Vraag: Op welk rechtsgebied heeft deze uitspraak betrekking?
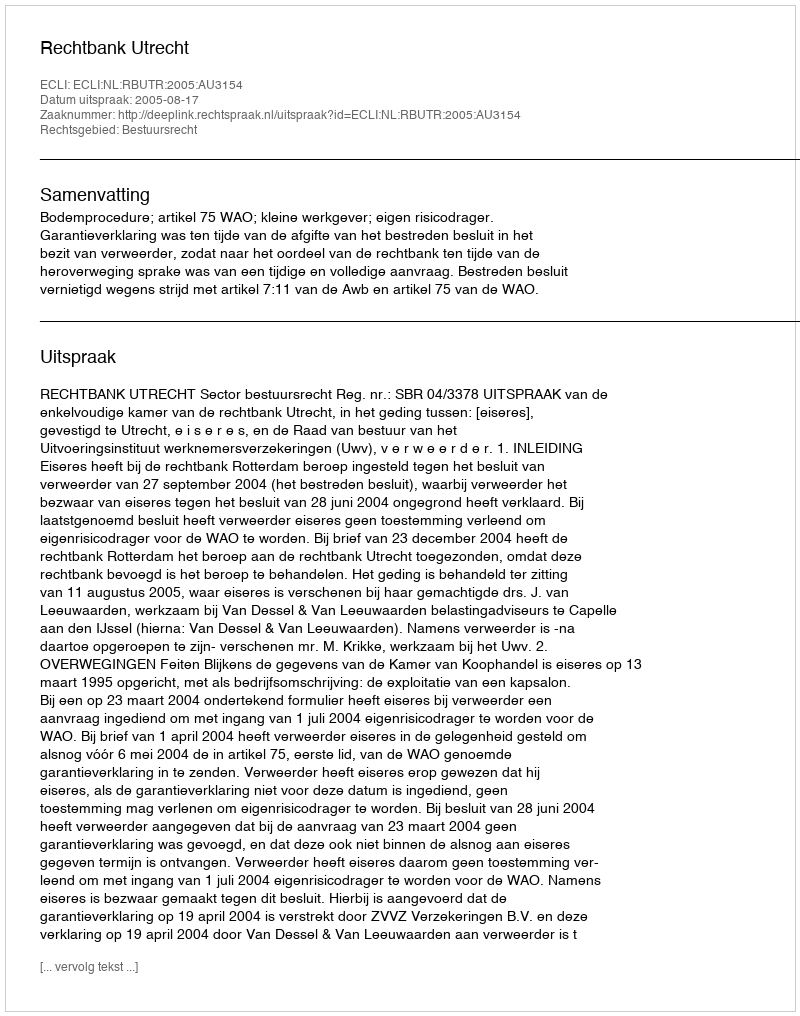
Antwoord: Bestuursrecht